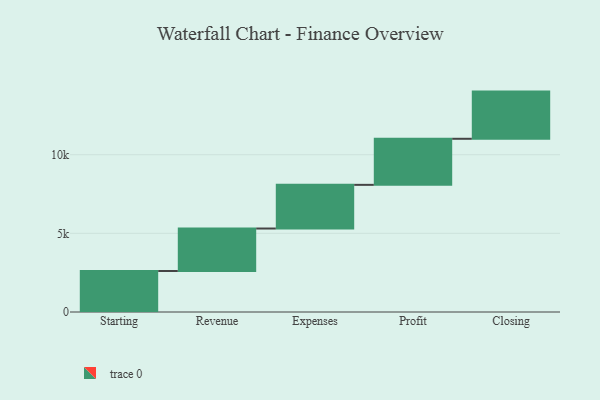
{"axis": {"x": "Step", "y": "Value"}, "legend": [""], "data": [{"x": "Starting", "y": 2606.0, "type": ""}, {"x": "Revenue", "y": 2702.0, "type": ""}, {"x": "Expenses", "y": 2777.0, "type": ""}, {"x": "Profit", "y": 2929.0, "type": ""}, {"x": "Closing", "y": 3000, "type": ""}]}